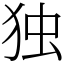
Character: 独